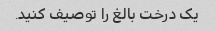
یک درخت بالغ را توصیف کنید.